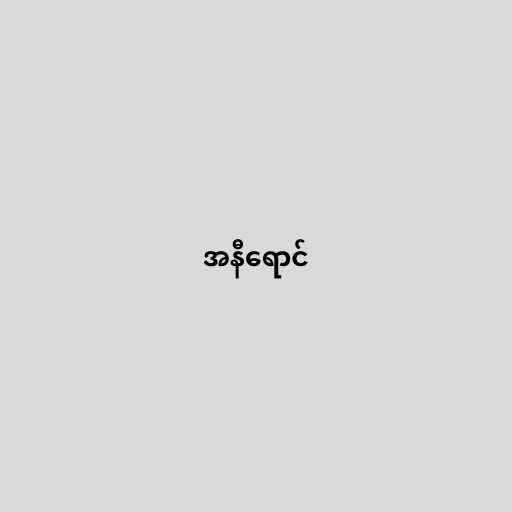
အနီရောင်